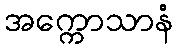
အက္ကောသာနံ